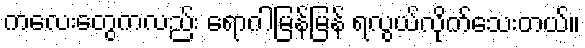
ကလေးတွေကလည်း ရောဂါမြန်မြန် ရလွယ်လိုက်သေးတယ်။